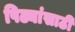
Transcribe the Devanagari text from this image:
पिढ्यांसाठी